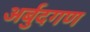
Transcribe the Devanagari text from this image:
अर्बुदगण